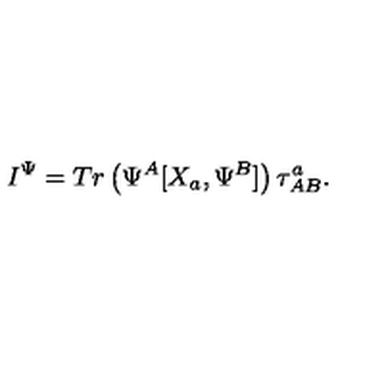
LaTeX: I ^ { \Psi } = T r \left( \Psi ^ { A } [ X _ { a } , \Psi ^ { B } ] \right) \tau _ { A B } ^ { a } .